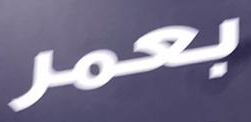
بعمر